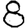
Digit: 8